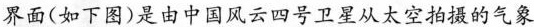
界面(如下图)是由中国风云四号卫星从太空拍摄的气象